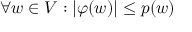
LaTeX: \forall w \in V : | \varphi ( w ) | \leq p ( w )